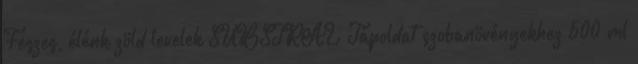
Feszes, élénk zöld levelek SUBSTRAL Tápoldat szobanövényekhez 500 ml